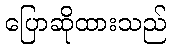
ပြောဆိုထားသည်